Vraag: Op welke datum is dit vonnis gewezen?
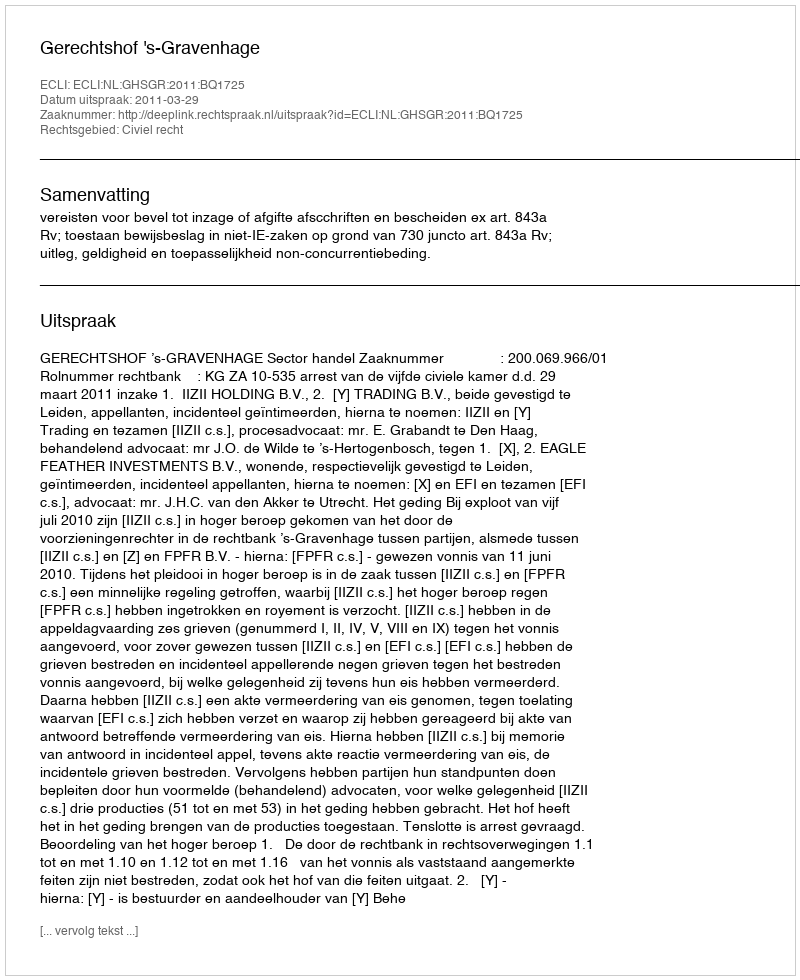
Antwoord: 2011-03-29